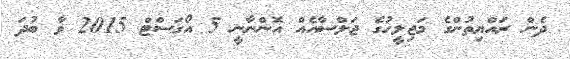
ދެން ރައްޔިތުންގެ މަޖިލީހުގެ ޖަލްސާއެއް އޮންނާނީ 5 އޯގަސްޓް 2015 ވާ ބުދަ